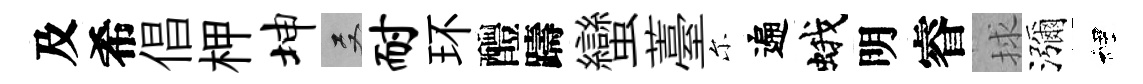
及希倡柙坤双耐环醴躊蠻薹尓遍蛾明睿捄瀰裡